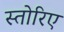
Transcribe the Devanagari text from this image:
स्तोरिए